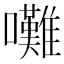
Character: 𡅧